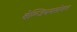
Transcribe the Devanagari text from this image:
बेल्जियमसोबत